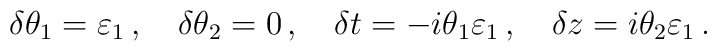
\delta\theta_1=\varepsilon_1\,,\quad  \delta\theta_2=0\,, \quad\delta t=-i \theta_1 \varepsilon_1\,,\quad \delta z=i \theta_2\varepsilon_1\,.